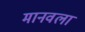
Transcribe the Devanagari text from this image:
मानवला